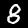
Label: 8